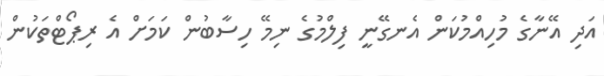
އަދި އޭނާގެ މުހިއްމުކަން އެނގޭނީ ފިލްމުގެ ނިމޭ ހިސާބުން ކަމަށް އެ ރިޕޯޓްތަކުން